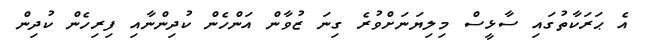
އެ ޙަރަކާތުގައި ސާޅީސް މިލިޔަނަށްވުރެ ގިނަ ޒުވާން އަންހެން ކުދިންނާއި ފިރިހެން ކުދިން